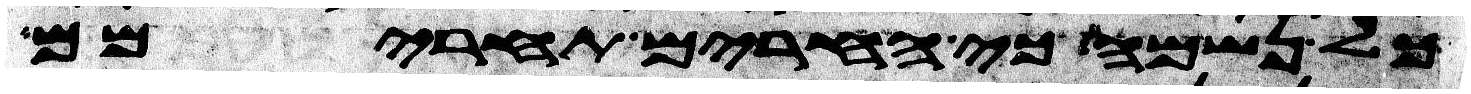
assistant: כל נשמה כי החרים תחרימם